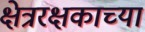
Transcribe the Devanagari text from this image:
क्षेत्ररक्षकाच्या